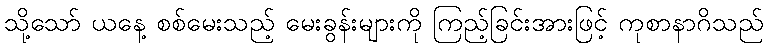
သို့သော် ယနေ့ စစ်မေးသည့် မေးခွန်းများကို ကြည့်ခြင်းအားဖြင့် ကုစာနာဂိသည်